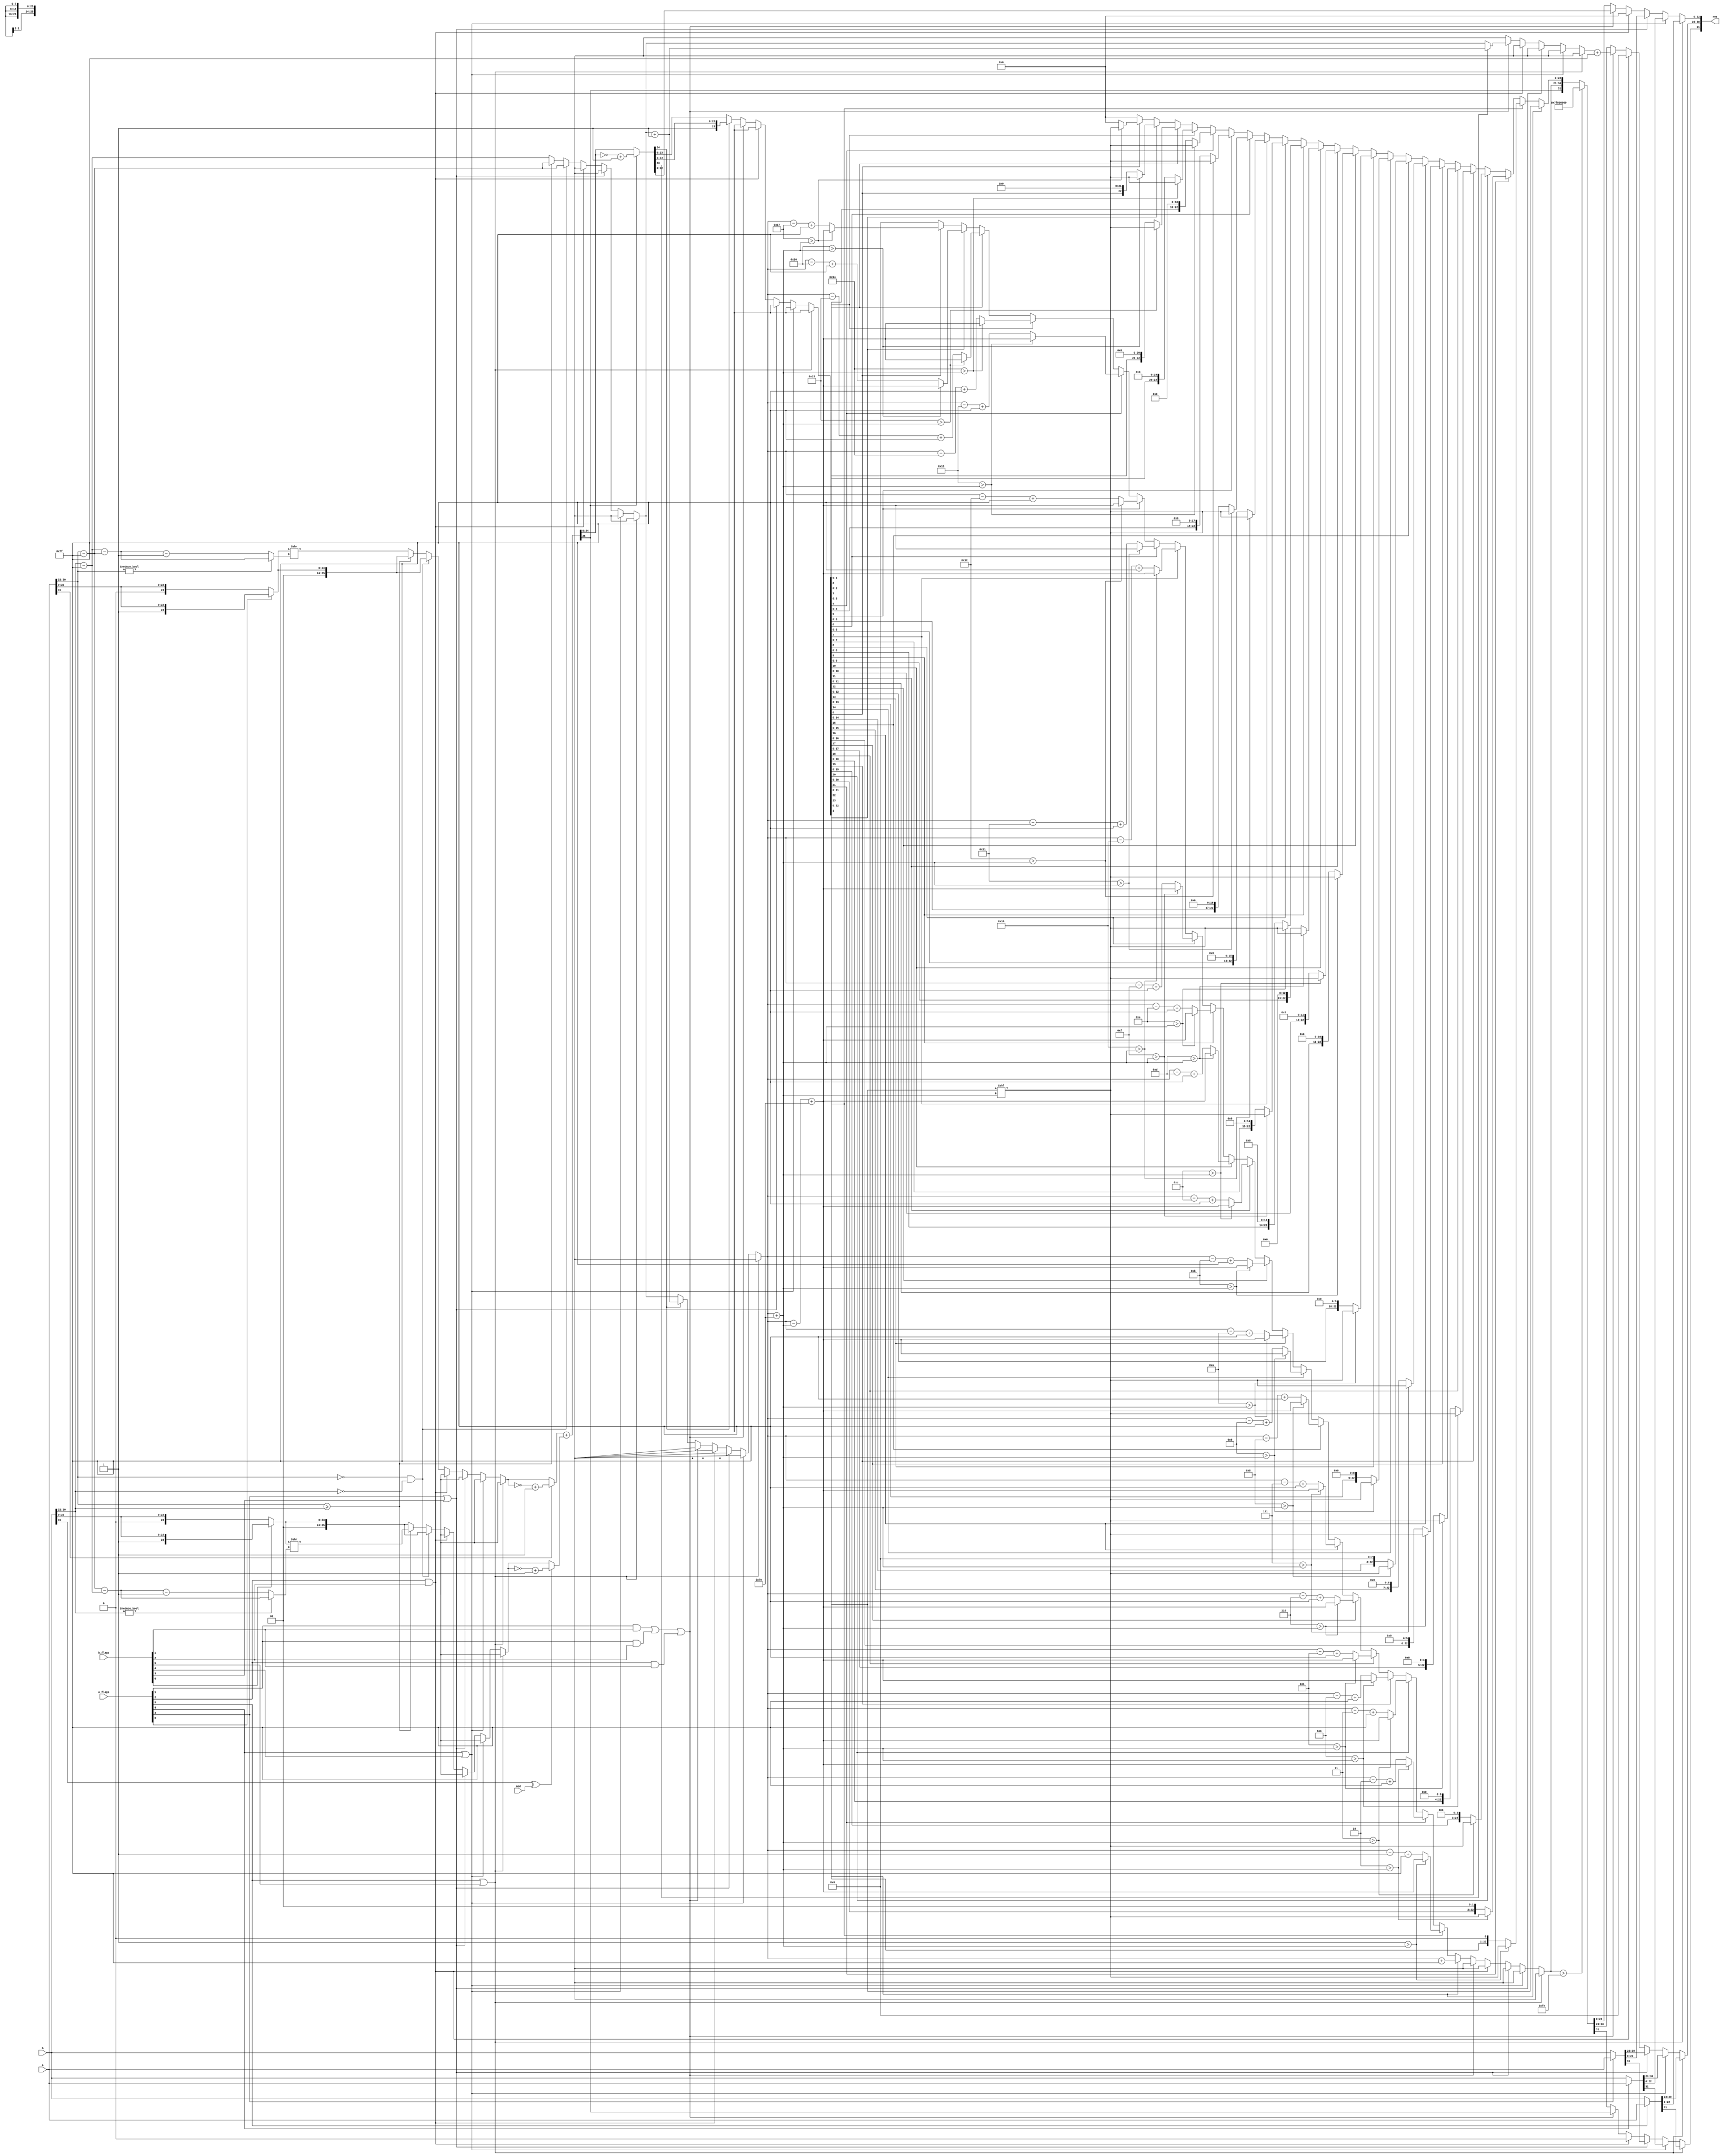
//floating point adder / subtractor
module fp_add_sub (input mod, input [31:0] a,b,input [5:0] a_flags,b_flags, output  [31:0] res);
//slicing inputs
wire a_snan, a_qnan, a_infinity, a_zero, a_subnormal, a_normal;
wire b_snan, b_qnan, b_infinity, b_zero, b_subnormal, b_normal;
assign {a_snan, a_qnan, a_infinity, a_zero, a_subnormal, a_normal} = a_flags;
assign {b_snan, b_qnan, b_infinity, b_zero, b_subnormal, b_normal} = b_flags;

wire a_sign,b_sign;
wire [7:0]a_exp,b_exp;
wire [22:0]a_man,b_man;
assign a_sign=a[31];
assign a_exp=a[30:23];
assign a_man=a[22:0];
assign b_sign=b[31] ^ mod; //invert sign of second operand in case of subtraction
assign b_exp=b[30:23];
assign b_man=b[22:0];

reg res_sign;
reg [7:0]res_exp;
reg [22:0]res_man;
assign res[31]=res_sign;
assign res[30:23]=res_exp;
assign res[22:0]=res_man;

reg [7:0]shift_amt;
reg [7:0] intermed_exp, intermed_exp9,max_exp_sh; // non_normalized and normalized exp and max_shift_amount

reg [25:0] a_man_adj,b_man_adj,a_man_adj_ns,b_man_adj_ns;
reg  [25:0]  a_25,b_25,res_25;

reg [25:0] intermed_man;
reg [23:0]intermed_man2;  //normalized mantisa

reg overflow, underflow;

/////////////////////////////////////////////////////////////////////////////////////////
always @(*) begin
a_man_adj_ns = a_normal ? {3'b001,a_man} : {3'b000,a_man};
b_man_adj_ns = b_normal ? {3'b001,b_man} : {3'b000,b_man};

//to prevent latchs
overflow=1'b0;
underflow=1'b0;
intermed_exp9=8'd0;
max_exp_sh=8'd0;
intermed_exp=8'd0;
shift_amt=8'd0;
a_man_adj=26'd0;
b_man_adj=26'd0;
a_25=26'd0;
b_25=26'd0;
res_25=26'd0;
intermed_man=26'd0;
intermed_man2=24'd0;
//////////////////////////
if (a_snan | b_snan)
      begin
        {res_sign,res_exp,res_man} = a_snan ? a : b;
      end
else if (a_qnan | b_qnan)
      begin
        {res_sign,res_exp,res_man} = a_qnan ? a : b;
      end
else if (a_infinity | b_infinity)
      begin
        {res_sign,res_exp,res_man} = a_infinity ? a : b;
      end      
else if (a_zero & b_zero)
      begin
        {res_sign,res_exp,res_man} = 0;
      end
else begin
/////////////////////////////////////////////////////////////////////////////////////// normal or sub normal

//exponents comparasion and adjust manstesa of smaller
    if((a_exp ==8'd0) && (b_exp==8'd0)) begin
      intermed_exp=a_exp-8'd127;
      a_man_adj=a_man_adj_ns;
      b_man_adj=b_man_adj_ns;
    end
    else if(a_exp >= b_exp) begin  //b is smaller
      intermed_exp=a_exp-8'd127;
      shift_amt= b_exp?(a_exp-8'd127)-(b_exp-8'd127):(a_exp-8'd127)-(b_exp-8'd127)-8'd1;
      a_man_adj=a_man_adj_ns;
      b_man_adj=b_man_adj_ns >> shift_amt[7:0];
    end
    else begin  //a is samller
      intermed_exp=b_exp-8'd127;
      shift_amt=a_exp?(b_exp-8'd127)-(a_exp-8'd127):(b_exp-8'd127)-(a_exp-8'd127)-8'd1;
      b_man_adj=b_man_adj_ns;
      a_man_adj=a_man_adj_ns >> shift_amt[7:0];      
    end

//concatinate sign and mantisa and add or sub depend on (mod) 
 a_25=a_sign ? (~a_man_adj+1'd1) : a_man_adj ;
 b_25=b_sign ? (~b_man_adj+1'd1) : b_man_adj ;
 res_25= a_25 + b_25;
 intermed_man=res_25[25] ? (~res_25+1'd1) : res_25 ;
 res_sign=res_25[25];
 
////////////////////////////////////////////////
 //normalization to standard format

 if( (a_subnormal & b_subnormal) || (a_subnormal & b_zero) || (a_zero & b_subnormal))  //sub normal expected result
 begin
    if (intermed_man[23] == 1'b1) begin 
      intermed_man2=intermed_man[23:0];
      intermed_exp9=intermed_exp+1'd1;
     end
     else begin
      intermed_man2= intermed_man[23:0];
      intermed_exp9=intermed_exp;
     end
res_exp=intermed_exp9+8'd127;
res_man=intermed_man2[22:0];
 end 
 else begin //at least normal operand exists
//carry exists??
     if (intermed_man[24] == 1'b1) begin 
      intermed_man2= {1'b1,intermed_man[23:2],intermed_man[1]}; //to round to top {intermed_man[1]||intermed_man[0]}
      intermed_exp9=intermed_exp+1'b1;
     end
     else begin
      intermed_man2= intermed_man[23:0];
      intermed_exp9=intermed_exp;
     end

 //normalize result

 max_exp_sh=intermed_exp9+8'd126;
if (intermed_man2[23]==1'b1) begin res_man=intermed_man2[22:0]; res_exp=intermed_exp9+8'd127; end
else if (intermed_man2[22]==1'b1)   begin if(( 1 > max_exp_sh))
                                             begin res_man=intermed_man2[22:0]<<max_exp_sh; res_exp=intermed_exp9-max_exp_sh+8'd126; end
                                        else begin res_man={intermed_man2[21:0],1'd0}; res_exp=intermed_exp9-8'd1+8'd127; end
                                    end
else if (intermed_man2[21]==1'b1)   begin if(( 2 > max_exp_sh))
                                             begin res_man=intermed_man2[22:0]<<max_exp_sh; res_exp=intermed_exp9-max_exp_sh+8'd126; end
                                        else begin res_man={intermed_man2[20:0],2'd0}; res_exp=intermed_exp9-8'd2+8'd127; end
                                    end
else if (intermed_man2[20]==1'b1)   begin if(( 3 > max_exp_sh))
                                             begin res_man=intermed_man2[22:0]<<max_exp_sh; res_exp=intermed_exp9-max_exp_sh+8'd126; end
                                        else begin res_man={intermed_man2[19:0],3'd0}; res_exp=intermed_exp9-8'd3+8'd127; end
                                    end
else if (intermed_man2[19]==1'b1)   begin if(( 4 > max_exp_sh))
                                             begin res_man=intermed_man2[22:0]<<max_exp_sh; res_exp=intermed_exp9-max_exp_sh+8'd126; end
                                        else begin res_man={intermed_man2[18:0],4'd0}; res_exp=intermed_exp9-8'd4+8'd127; end
                                    end                                    
else if (intermed_man2[18]==1'b1)   begin if(( 5 > max_exp_sh))
                                             begin res_man=intermed_man2[22:0]<<max_exp_sh; res_exp=intermed_exp9-max_exp_sh+8'd126; end
                                        else begin res_man={intermed_man2[17:0],5'd0}; res_exp=intermed_exp9-8'd5+8'd127; end
                                    end
else if (intermed_man2[17]==1'b1)   begin if(( 6 > max_exp_sh))
                                             begin res_man=intermed_man2[22:0]<<max_exp_sh; res_exp=intermed_exp9-max_exp_sh+8'd126; end
                                        else begin res_man={intermed_man2[16:0],6'd0}; res_exp=intermed_exp9-8'd6+8'd127; end
                                    end
else if (intermed_man2[16]==1'b1)   begin if(( 7 > max_exp_sh))
                                             begin res_man=intermed_man2[22:0]<<max_exp_sh; res_exp=intermed_exp9-max_exp_sh+8'd126; end
                                        else begin res_man={intermed_man2[15:0],7'd0}; res_exp=intermed_exp9-8'd7+8'd127; end
                                    end
else if (intermed_man2[15]==1'b1)   begin if(( 8 > max_exp_sh))
                                             begin res_man=intermed_man2[22:0]<<max_exp_sh; res_exp=intermed_exp9-max_exp_sh+8'd126; end
                                        else begin res_man={intermed_man2[14:0],8'd0}; res_exp=intermed_exp9-8'd8+8'd127; end
                                    end
else if (intermed_man2[14]==1'b1)   begin if(( 9 > max_exp_sh))
                                             begin res_man=intermed_man2[22:0]<<max_exp_sh; res_exp=intermed_exp9-max_exp_sh+8'd126; end
                                        else begin res_man={intermed_man2[13:0],9'd0}; res_exp=intermed_exp9-8'd9+8'd127; end
                                    end
else if (intermed_man2[13]==1'b1)   begin if(( 10 > max_exp_sh))
                                             begin res_man=intermed_man2[22:0]<<max_exp_sh; res_exp=intermed_exp9-max_exp_sh+8'd126; end
                                        else begin res_man={intermed_man2[12:0],10'd0}; res_exp=intermed_exp9-8'd10+8'd127; end
                                    end
else if (intermed_man2[12]==1'b1)   begin if(( 11 > max_exp_sh))
                                             begin res_man=intermed_man2[22:0]<<max_exp_sh; res_exp=intermed_exp9-max_exp_sh+8'd126; end
                                        else begin res_man={intermed_man2[11:0],11'd0}; res_exp=intermed_exp9-8'd11+8'd127; end
                                    end
else if (intermed_man2[11]==1'b1)   begin if(( 12 > max_exp_sh))
                                             begin res_man=intermed_man2[22:0]<<max_exp_sh; res_exp=intermed_exp9-max_exp_sh+8'd126; end
                                        else begin res_man={intermed_man2[10:0],12'd0}; res_exp=intermed_exp9-8'd12+8'd127; end
                                    end
else if (intermed_man2[10]==1'b1)   begin if(( 13 > max_exp_sh))
                                             begin res_man=intermed_man2[22:0]<<max_exp_sh; res_exp=intermed_exp9-max_exp_sh+8'd126; end
                                        else begin res_man={intermed_man2[9:0],13'd0}; res_exp=intermed_exp9-8'd13+8'd127; end
                                    end
else if (intermed_man2[9]==1'b1)   begin if(( 14 > max_exp_sh))
                                             begin res_man=intermed_man2[22:0]<<max_exp_sh; res_exp=intermed_exp9-max_exp_sh+8'd126; end
                                        else begin res_man={intermed_man2[8:0],14'd0}; res_exp=intermed_exp9-8'd14+8'd127; end
                                    end
else if (intermed_man2[8]==1'b1)   begin if(( 15 > max_exp_sh))
                                             begin res_man=intermed_man2[22:0]<<max_exp_sh; res_exp=intermed_exp9-max_exp_sh+8'd126; end
                                        else begin res_man={intermed_man2[7:0],15'd0}; res_exp=intermed_exp9-8'd15+8'd127; end
                                    end
else if (intermed_man2[7]==1'b1)   begin if(( 16 > max_exp_sh))
                                             begin res_man=intermed_man2[22:0]<<max_exp_sh; res_exp=intermed_exp9-max_exp_sh+8'd126; end
                                        else begin res_man={intermed_man2[6:0],16'd0}; res_exp=intermed_exp9-8'd16+8'd127; end
                                    end
else if (intermed_man2[6]==1'b1)   begin if(( 17 > max_exp_sh))
                                             begin res_man=intermed_man2[22:0]<<max_exp_sh; res_exp=intermed_exp9-max_exp_sh+8'd126; end
                                        else begin res_man={intermed_man2[5:0],17'd0}; res_exp=intermed_exp9-8'd17+8'd127; end
                                    end
else if (intermed_man2[5]==1'b1)   begin if(( 18 > max_exp_sh))
                                             begin res_man=intermed_man2[22:0]<<max_exp_sh; res_exp=intermed_exp9-max_exp_sh+8'd126; end
                                        else begin res_man={intermed_man2[4:0],18'd0}; res_exp=intermed_exp9-8'd18+8'd127; end
                                    end
else if (intermed_man2[4]==1'b1)   begin if(( 19 > max_exp_sh))
                                             begin res_man=intermed_man2[22:0]<<max_exp_sh; res_exp=intermed_exp9-max_exp_sh+8'd126; end
                                        else begin res_man={intermed_man2[3:0],19'd0}; res_exp=intermed_exp9-8'd19+8'd127; end
                                    end
else if (intermed_man2[3]==1'b1)   begin if(( 20 > max_exp_sh))
                                             begin res_man=intermed_man2[22:0]<<max_exp_sh; res_exp=intermed_exp9-max_exp_sh+8'd126; end
                                        else begin res_man={intermed_man2[2:0],20'd0}; res_exp=intermed_exp9-8'd20+8'd127; end
                                    end
else if (intermed_man2[2]==1'b1)   begin if(( 21 > max_exp_sh))
                                             begin res_man=intermed_man2[22:0]<<max_exp_sh; res_exp=intermed_exp9-max_exp_sh+8'd126; end
                                        else begin res_man={intermed_man2[1:0],21'd0}; res_exp=intermed_exp9-8'd21+8'd127; end
                                    end
else if (intermed_man2[1]==1'b1)   begin if(( 22 > max_exp_sh))
                                             begin res_man=intermed_man2[22:0]<<max_exp_sh; res_exp=intermed_exp9-max_exp_sh+8'd126; end
                                        else begin res_man={intermed_man2[0],22'd0}; res_exp=intermed_exp9-8'd22+8'd127; end
                                    end
else if (intermed_man2[0]==1'b1)   begin if(( 23 > max_exp_sh))
                                             begin res_man=intermed_man2[22:0]<<max_exp_sh; res_exp=intermed_exp9-max_exp_sh+8'd126; end
                                        else begin res_man={23'd0}; res_exp=intermed_exp9-8'd23+8'd127; end
                                    end
else                               begin res_man=23'd0; res_exp=8'd0; end
//////////////////////////////////////////////////////////////////////////////////////////////////////////////
// Check for overflow and underflow
overflow = (res_exp > 8'd254);
underflow = (res_exp == 8'd0);

    if (overflow) begin
        // Overflow: Set result to infinity
        {res_sign,res_exp,res_man} = {1'b0, 8'b11111111, 23'b0};
        end
     else begin
        // Normalized result
        {res_sign,res_exp,res_man} = {res_sign,res_exp,res_man};
    end

 end   
////////////////////////////////////////////////////////////////////////////////////////////////////////////////
end

end
endmodule